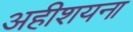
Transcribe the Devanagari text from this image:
अहीशयना